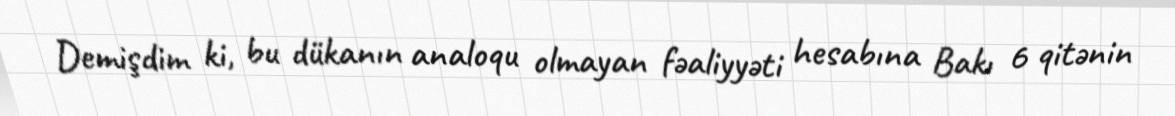
Demişdim ki, bu dükanın analoqu olmayan fəaliyyəti hesabına Bakı 6 qitənin